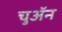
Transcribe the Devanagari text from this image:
चुअॅन